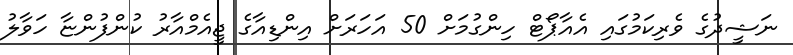
ނަޝީދުގެ ވެރިކަމުގައި އެއާޕޯޓް ހިންގުމަށް 50 އަހަރަށް އިންޑިއާގެ ޖީއެމްއާރު ކުންފުންޏާ ހަވާލު